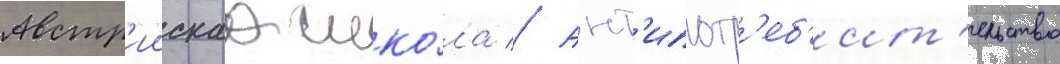
Австр'иискаа шко́ла // Ант'ипотр'еб'ит'ельство